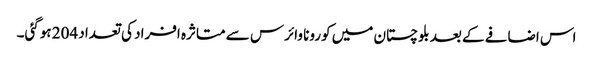
اس اضافے کے بعد بلوچستان میں کورونا وائرس سے متاثرہ افراد کی تعداد 204 ہوگئی۔